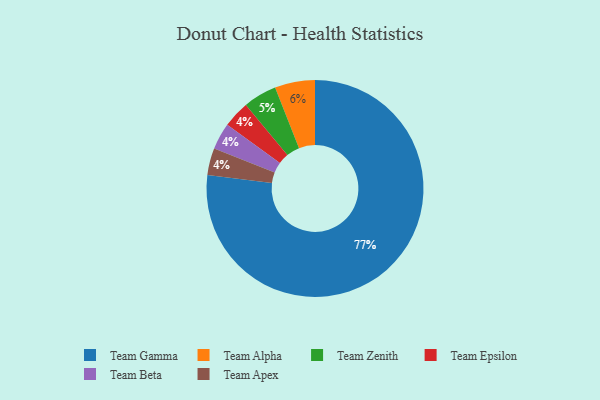
{"axis": {"x": "Category", "y": "Percentage"}, "legend": ["Team Alpha", "Team Apex", "Team Beta", "Team Epsilon", "Team Gamma", "Team Zenith"], "data": [{"x": "Team Epsilon", "y": 4, "type": "Team Epsilon"}, {"x": "Team Zenith", "y": 5, "type": "Team Zenith"}, {"x": "Team Gamma", "y": 77, "type": "Team Gamma"}, {"x": "Team Beta", "y": 4, "type": "Team Beta"}, {"x": "Team Alpha", "y": 6, "type": "Team Alpha"}, {"x": "Team Apex", "y": 4, "type": "Team Apex"}]}